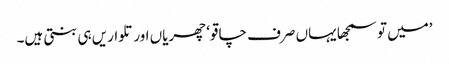
’میں تو سمجھا یہاں صرف چاقو‘ چھریاں اور تلواریں ہی بنتی ہیں۔